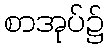
စာအုပ်၌